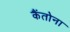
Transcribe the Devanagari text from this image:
कैंतोना